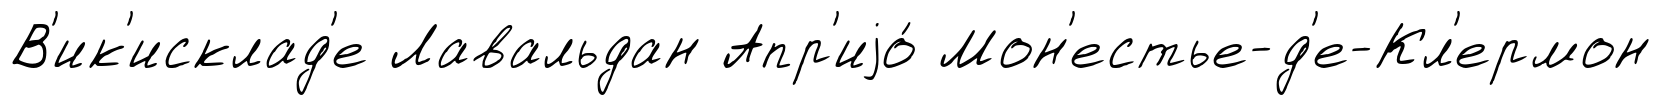
В'ик'исклад'е Лавальдан Апр'иjо́ Мон'естье-д'е-Кл'ермон